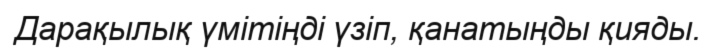
Дарақылық үмітіңді үзіп, қанатыңды қияды.